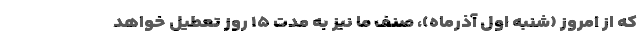
که از امروز (شنبه اول آذرماه)، صنف ما نیز به مدت ۱۵ روز تعطیل خواهد